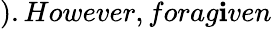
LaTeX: ).However,forag\mathbf{i}ven